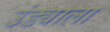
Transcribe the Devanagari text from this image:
उंड्याला